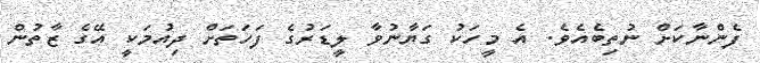
ފެންނާކަށް ނުތިބެއެވެ. އެ މީހަކު ގަޔާނުވާ ލީޑަރުގެ ފަހަތަށް ދިއުމަކީ އޭގެ ޒާތުން